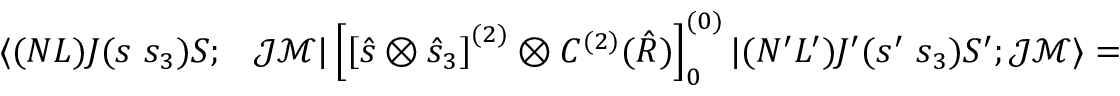
\begin{array} { r l } { \langle ( N L ) J ( s ~ s _ { 3 } ) S ; } & { { } \mathcal { J } \mathcal { M } | \left[ \left[ \hat { s } \otimes \hat { s } _ { 3 } \right] ^ { ( 2 ) } \otimes C ^ { ( 2 ) } ( \hat { R } ) \right] _ { 0 } ^ { ( 0 ) } | ( N ^ { \prime } L ^ { \prime } ) J ^ { \prime } ( s ^ { \prime } ~ s _ { 3 } ) S ^ { \prime } ; \mathcal { J } \mathcal { M } \rangle = } \end{array}